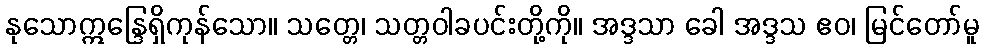
နုသောဣန္ဒြေရှိကုန်သော။ သတ္တေ၊ သတ္တဝါခပင်းတို့ကို။ အဒ္ဒသာ ခေါ အဒ္ဒသ ဧဝ၊ မြင်တော်မူ